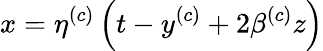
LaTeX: x=\eta^{(c)}\left(t-y^{(c)}+2\beta^{(c)}z\right)